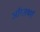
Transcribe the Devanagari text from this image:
ऑग्ज़बर्ग